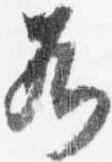
若